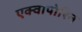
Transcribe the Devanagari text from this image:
एक्वापोरिन